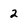
Character: 2